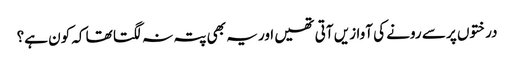
درختوں پر سے رونے کی آوازیں آتی تھیں اور یہ بھی پتہ نہ لگتا تھا کہ کون ہے؟